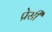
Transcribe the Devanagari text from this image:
प्रेसी